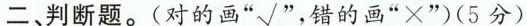
二、判断题。(对的画”√”，错的画”×”)(5分)